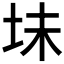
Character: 𫭥